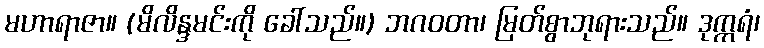
မဟာရာဇာ။ (မိလိန္ဒမင်းကို ခေါ်သည်။) ဘဂဝတာ၊ မြတ်စွာဘုရားသည်။ ဒုက္ကရံ၊